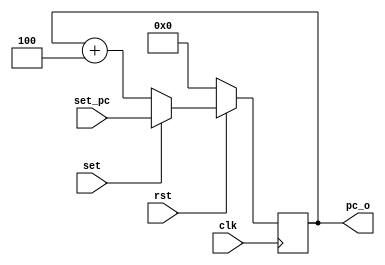
module pc(
	input wire       clk,
	input wire       rst,
	input wire		 set,
	input wire[31:0] set_pc,
	output reg[31:0] pc_o
);

	always @(posedge clk) begin
		if (~rst) begin
			pc_o <= 32'b0; // reset
		end
		else if(set) begin
			pc_o <= set_pc;
		end
		else begin
			pc_o <= pc_o + 32'd4;
		end
	end
endmodule